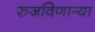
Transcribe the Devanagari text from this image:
रुजविणार्‍या